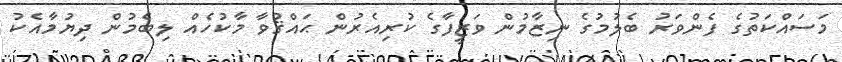
މަސައްކަތުގެ ފެންވަރު ބެލުމުގެ ނިޒާމުން ވަޒީފާގެ ކުރިއެރުން ޙައްޤުވާ މާކުހެއް ލިބެމުން ދިޔުމާއެކު